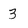
Character: 3